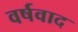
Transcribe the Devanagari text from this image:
वर्षवाद